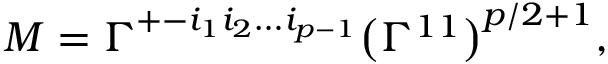
M = \Gamma ^ { + - i _ { 1 } i _ { 2 } \dots i _ { p - 1 } } \bigl ( \Gamma ^ { 1 1 } \bigr ) ^ { p / 2 + 1 } ,